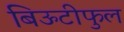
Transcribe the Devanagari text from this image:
बिऊटीफुल